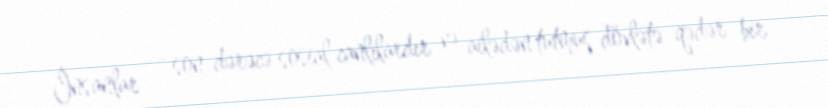
İnsanlar — son dərəcə sosial canlılardır və ailədən tutmuş dövlətə qədər bir